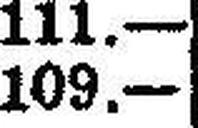
109.—